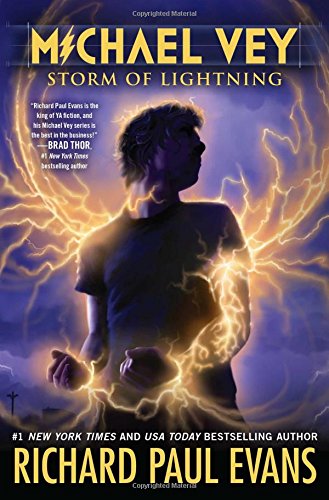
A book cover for Michael Vey 5: Storm of Lightning; Richard Paul Evans; Teen & Young Adult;